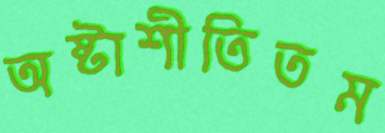
অষ্টাশীতিতম